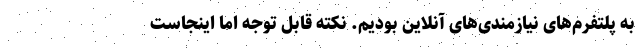
به پلتفرم‌های نیازمندی‌های آنلاین بودیم. نکته قابل توجه اما اینجاست